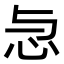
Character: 𢗓